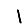
Digit: 1